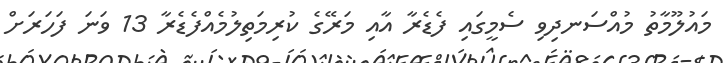
މައުލޫމާތު މުއްސަނދިވި ސެމީގައި ފެޑެރާ އާއި މަރޭގެ ކުރިމަތިލުމެއްފެޑެރާ 13 ވަނަ ފަހަރަށް